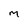
Character: M